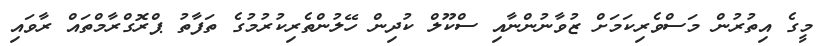
މީގެ އިތުރުން މަސްވެރިކަމަށް ޒުވާނުންނާއި ސްކޫލް ކުދިން ހޭލުންތެރިކުރުމުގެ ތަފާތު ޕްރޮގްރާމްތައް ރާވައި